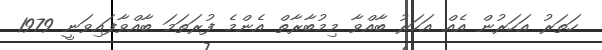
ހަތަރު އަހަރުން އެއް އަހަރު ބާއްވާ މިމުބާރާތް އެންމެ ފުރަތަމަ ބާއްވާފައިވަނީ 1979